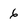
Character: 6